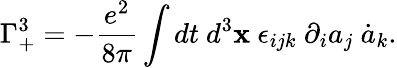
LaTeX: \Gamma_{+}^{3}=-\frac{e^{2}}{8\pi}\int dt~d^{3}{\mathbf x}~\epsilon_{ijk}~\partial_{i}a_{j}~\dot{a}_{k}.